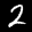
Label: 2